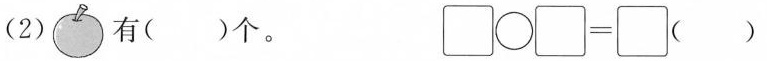
(2) 有()个。\Box \bigcirc \Box =\Box ()